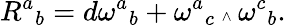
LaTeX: {R^{a}}_{b}={d\omega^{a}}_{b}+{\omega^{a}}_{c}\mathrm{\tiny~\wedge~}{\omega^{c}}_{b}.